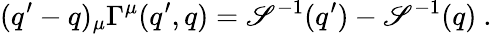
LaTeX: (q^{\prime}-q)_{\mu}\Gamma^{\mu}(q^{\prime},q)=\mathscr{S}^{-1}(q^{\prime})-\mathscr{S}^{-1}(q)~.